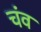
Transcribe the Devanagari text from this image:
चंव